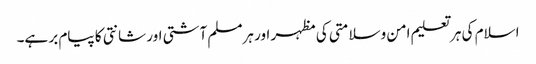
اسلام کی ہر تعلیم امن وسلامتی کی مظہر اور ہرمسلم آشتی اور شانتی کا پیام بر ہے۔